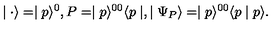
\mid { \bf \cdot } \rangle = \mid p \rangle ^ { 0 } , P = \mid p \rangle ^ { 0 0 } \langle p \mid , \mid \Psi _ { P } \rangle = \mid p \rangle ^ { 0 0 } \langle p \mid p \rangle .